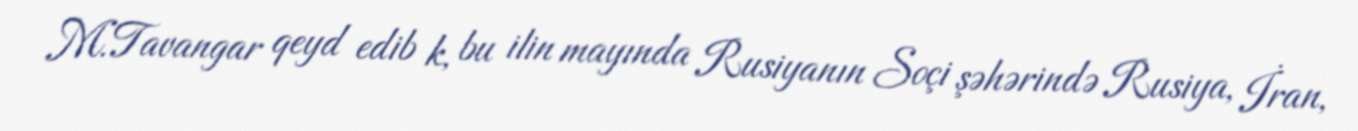
M.Tavangar qeyd edib k, bu ilin mayında Rusiyanın Soçi şəhərində Rusiya, İran,